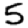
Digit: 5